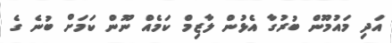
އަދި މައުމޫން ބުރުގާ އެޅުން ލާޒިމް ކަމެއް ނޫން ކަމަށް ބުނެ ގެ